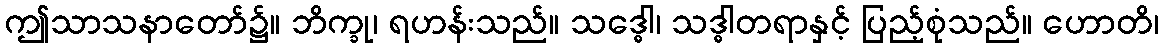
ဤသာသနာတော်၌။ ဘိက္ခု၊ ရဟန်းသည်။ သဒ္ဓေါ၊ သဒ္ဓါတရာနှင့် ပြည့်စုံသည်။ ဟောတိ၊